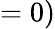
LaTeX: =0)